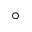
^ { \circ }